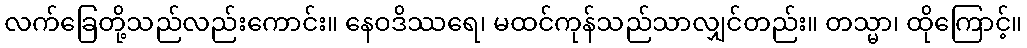
လက်ခြေတို့သည်လည်းကောင်း။ နေဝဒိဿရေ၊ မထင်ကုန်သည်သာလျှင်တည်း။ တသ္မာ၊ ထိုကြောင့်။